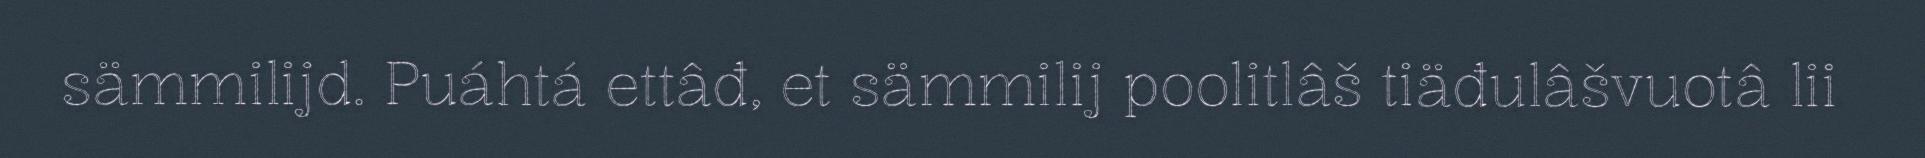
sämmilijd. Puáhtá ettâđ, et sämmilij poolitlâš tiäđulâšvuotâ lii